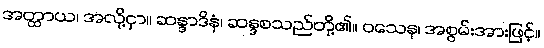
အတ္ထာယ၊ အလို့ငှာ။ ဆန္ဒာဒိနံ၊ ဆန္ဒစသည်တို့၏။ ဝသေန၊ အစွမ်းအားဖြင့်။